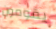
يقومون